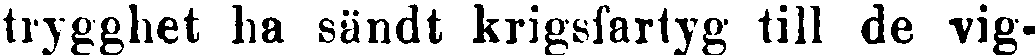
trygghet ha sändt krigsfartyg till de vig-